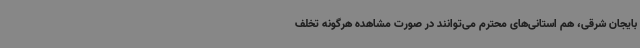
بایجان شرقی، هم استانی‌های محترم می‌توانند در صورت مشاهده هرگونه تخلف